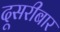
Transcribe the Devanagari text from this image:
दूसरीबार